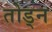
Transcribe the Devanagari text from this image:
तोड्न